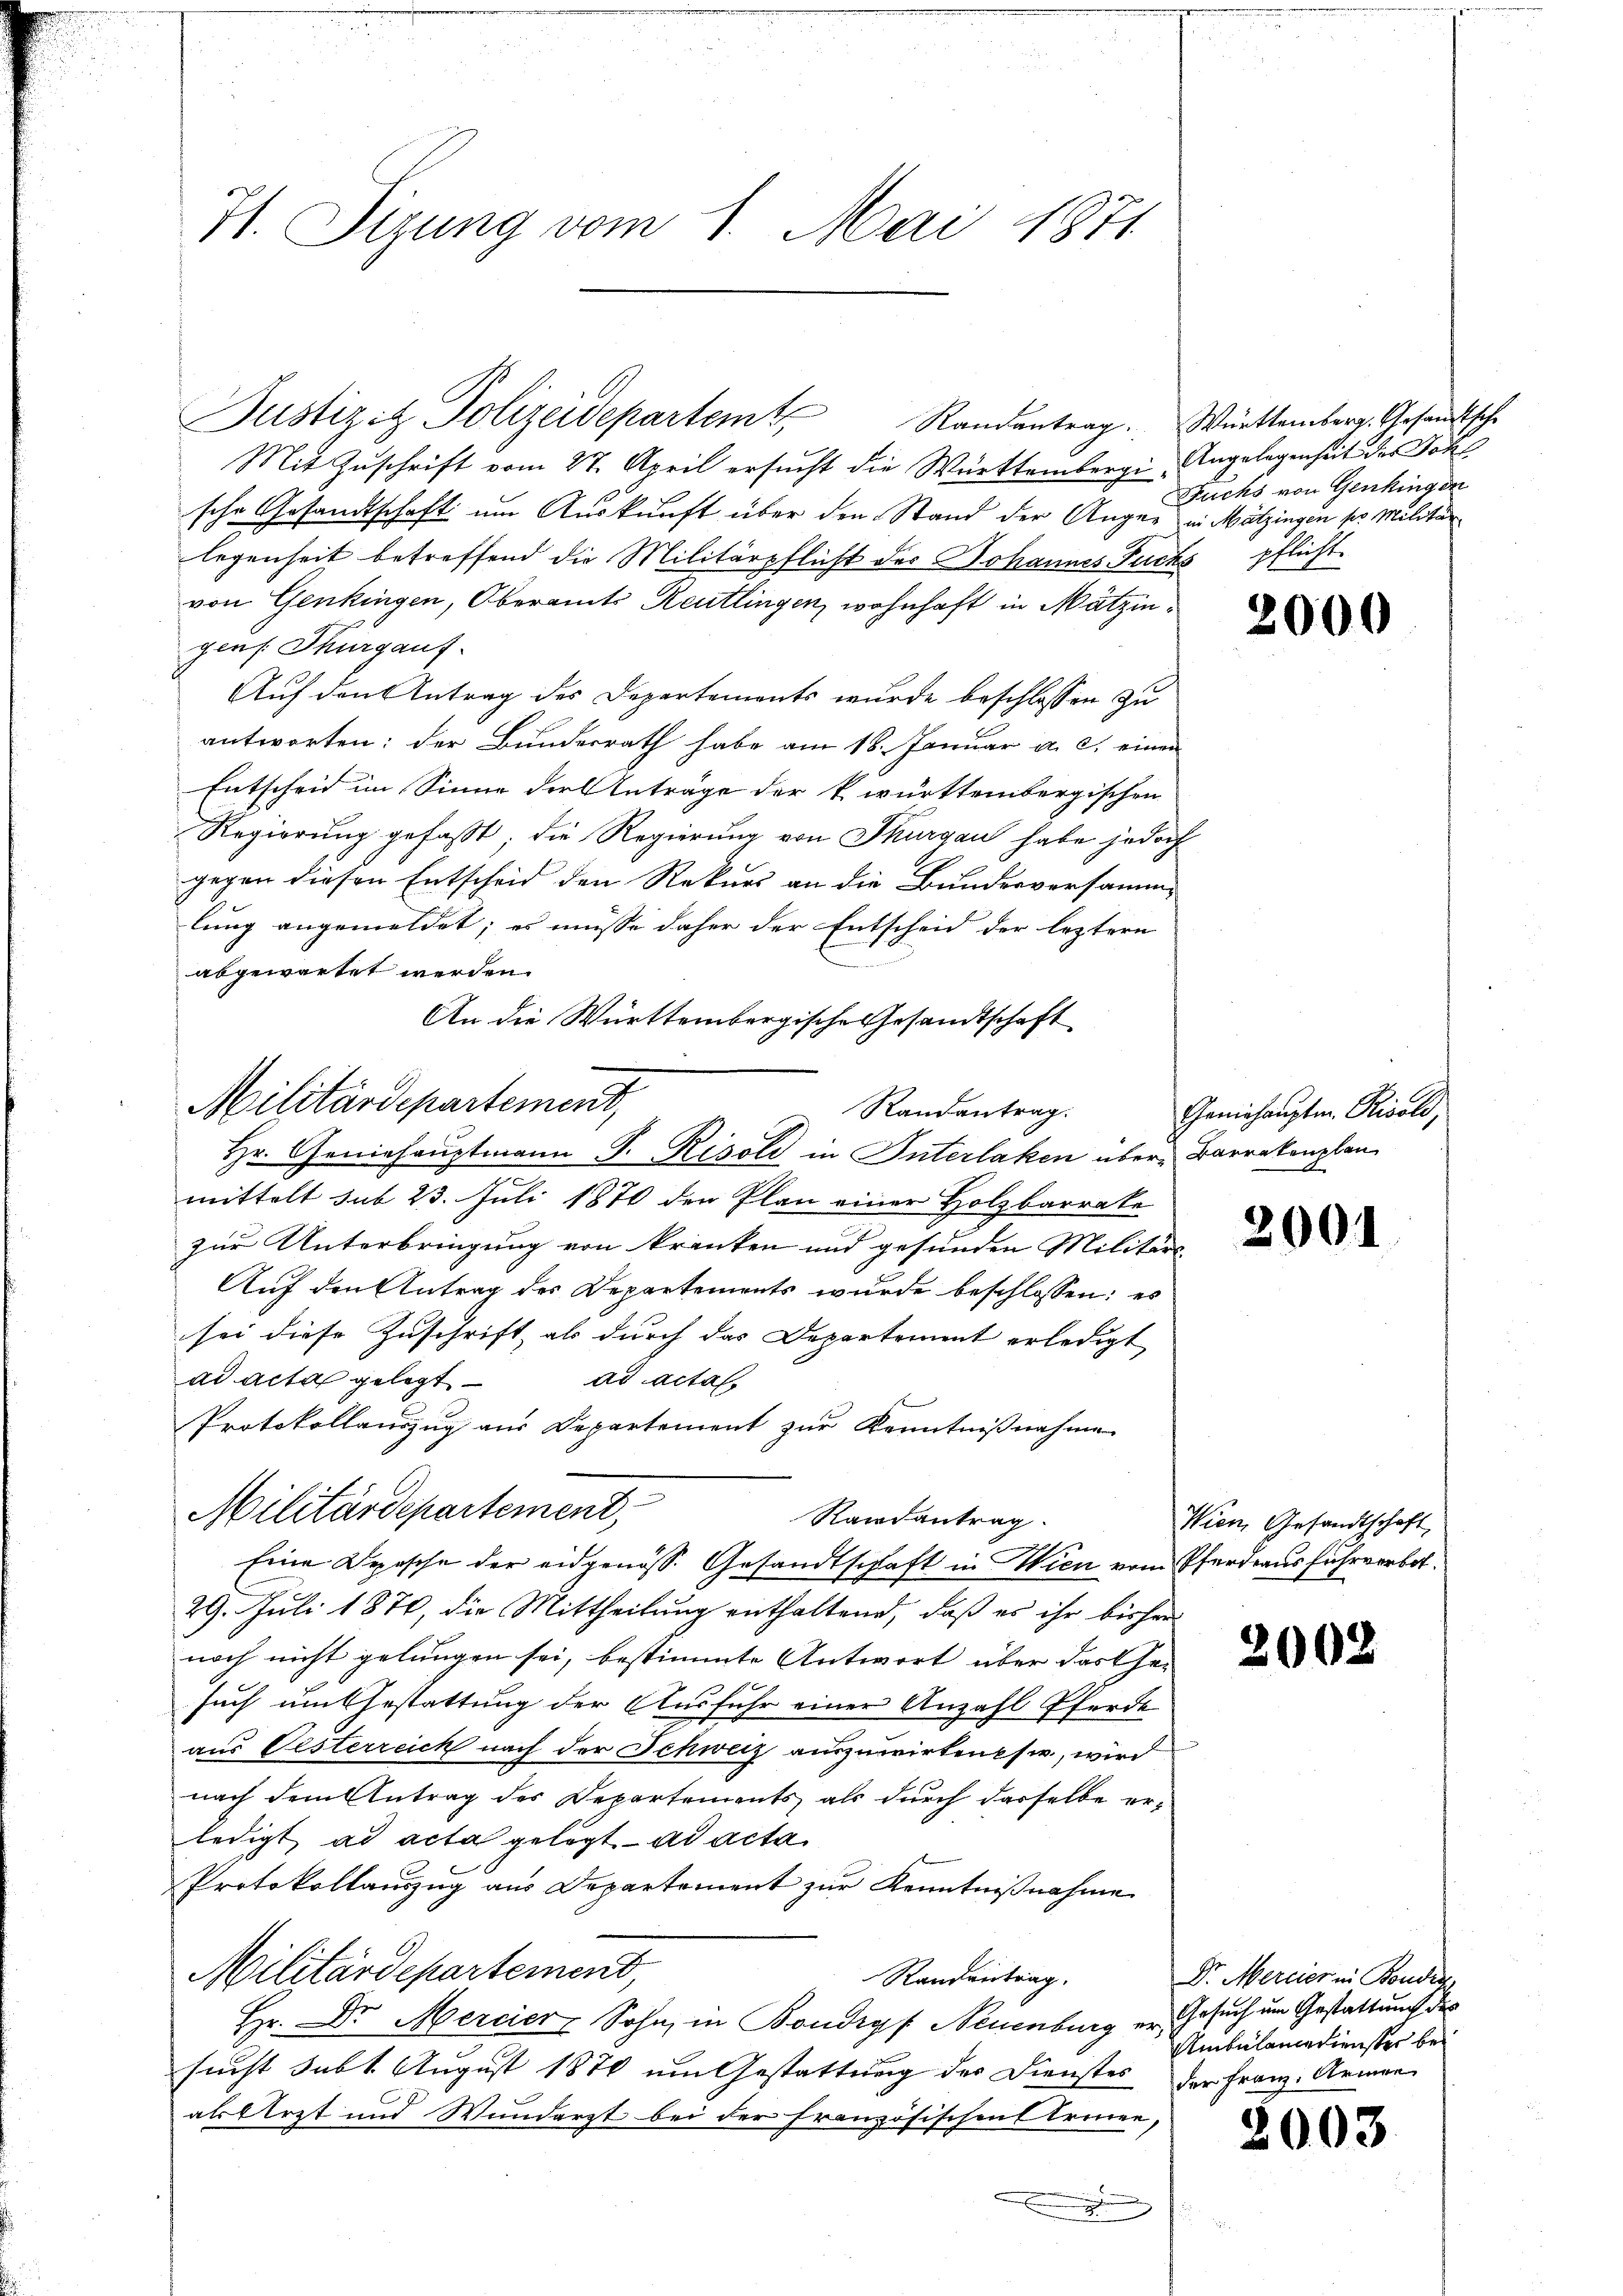
H. Tizung vom 1. Mai 1871

Mit Zuschrift vom 27. April ersucht die Württemberge Angelegenheit des Joh
sche Gesandtschaft um Auskunft über den Stand der Anger in Mätzingen ser Militar
legenheit betreffend die Militärpflicht des Johannes Fuchs pflicht.
von Genkingen, Oberamts Reutlingen, wohnhaft in Mätzingens Thurgauf-
Auf den Antrag des Departements wurde beschlossen zu
antworten: der Bunderrath habe am 18. Januar a. c. einen
Entscheid im Sinne der Anträge der k. württembergischen
Regierung gefaßt; die Regierung von Thurgau habe jedoch
gegen diesen Entscheid den Rekurs an die Bundesversammlung angemeldet; es müsse daher der Entscheid der leztern
abgewartet werden.
An die Württembergische Gesandtschaft
Randantrag.
mittelt sub 23. Juli 1870 den Plan einer Holzbarrake
zur Unterbringung von kranken und gesunden Militärs
Auf den Antrag des Departements wurde beschlossen: es
sei diese Zuschrift als durch das Departement erledigt
ad acta gelegt
ad actat
Protokollauszug aus Departement zur Kenntnißnahme
Militärdepartement,
Randantrag.
Eine Drasche der eidgenöss. Gesandtschaft in Wien vom Pferdraus fuhrverbot¬
29. Juli 1870, die Mittheilung enthaltend, daß es ihr bisher
noch nicht gelungen sei, bestimmte Antwort über das Ge-
such um Gestattung der Ausfuhr einer Anzahl Pferde
aus Oesterreich nach der Schweiz auszuwirkentsw., wird
nach dem Antrag des Departements als durch dasselbe erledigt ad acta gelegt ad acta
Protokollauszug aus Departement zur Kenntnißnahme
Militärdepartement,
Randentrag.
Hr. Dr. Mercier Sohn, in Bondrgf Neuenburg er Gesuch um Gestattung des
sucht subt. August 1870 um Gestattung des Dienstes der Franz- Armen
alskerzt und Wundarzt bei der französischens Treuen,

Militärdepartement,

Justizitz Polizeidepartem Randantrag. Württemberg. Gesandtsche

Hr. Geniehauptmann P. Resold in Interlaken über Barrakenplan

Fuchs von Genkingen

000

Geniehaupten Risold

2001

Wien, Gesandtschaft

2008

Dr. Mercier in Bondir
Ambülancedienster be¬

2003